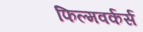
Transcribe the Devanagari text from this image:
फिल्मवर्कर्स